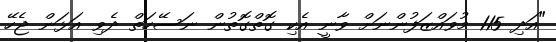
"އަދި 115 މުވައްޒަފުންނަށް ވާނީ އެކި ގޮތްގޮތުން ނަސޭހަތް ދެވި އަޅަން ޖެހޭ